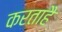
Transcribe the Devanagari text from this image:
करताहै